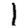
Digit: 1